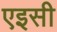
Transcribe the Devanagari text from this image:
एइसी